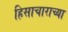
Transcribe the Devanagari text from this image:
हिसाचाराच्या